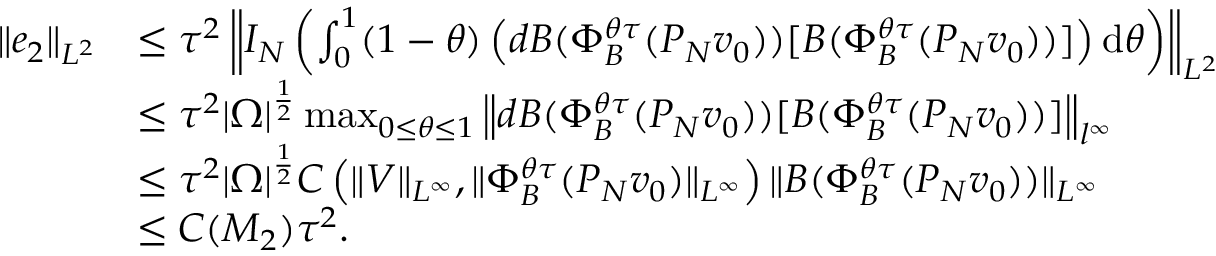
\begin{array} { r l } { \| e _ { 2 } \| _ { L ^ { 2 } } } & { \leq \tau ^ { 2 } \left\| I _ { N } \left( \int _ { 0 } ^ { 1 } ( 1 - \theta ) \left( d B ( \Phi _ { B } ^ { \theta \tau } ( P _ { N } v _ { 0 } ) ) [ B ( \Phi _ { B } ^ { \theta \tau } ( P _ { N } v _ { 0 } ) ) ] \right) \mathrm { d } \theta \right) \right\| _ { L ^ { 2 } } } \\ & { \leq \tau ^ { 2 } | \Omega | ^ { \frac { 1 } { 2 } } \operatorname* { m a x } _ { 0 \leq \theta \leq 1 } \left\| d B ( \Phi _ { B } ^ { \theta \tau } ( P _ { N } v _ { 0 } ) ) [ B ( \Phi _ { B } ^ { \theta \tau } ( P _ { N } v _ { 0 } ) ) ] \right\| _ { l ^ { \infty } } } \\ & { \leq \tau ^ { 2 } | \Omega | ^ { \frac { 1 } { 2 } } C \left( \| V \| _ { L ^ { \infty } } , \| \Phi _ { B } ^ { \theta \tau } ( P _ { N } v _ { 0 } ) \| _ { L ^ { \infty } } \right) \| B ( \Phi _ { B } ^ { \theta \tau } ( P _ { N } v _ { 0 } ) ) \| _ { L ^ { \infty } } } \\ & { \leq C ( M _ { 2 } ) \tau ^ { 2 } . } \end{array}